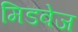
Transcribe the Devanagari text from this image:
मिडवेज